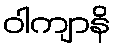
ဝါကျာနိ